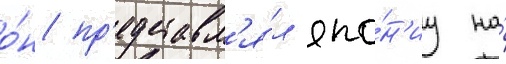
о́н пр'едставл'я́л япо́н'иу на́